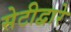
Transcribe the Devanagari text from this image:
सेटीद्वारे